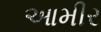
આમીર